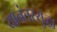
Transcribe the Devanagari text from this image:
यानंतरसुद्धा